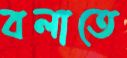
বলাতে